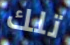
تلك